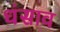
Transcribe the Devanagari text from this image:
धंसाव